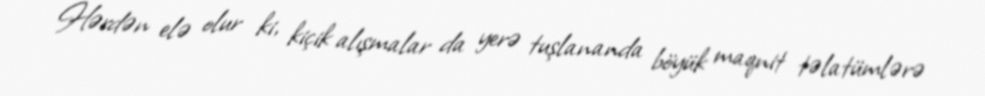
Hərdən elə olur ki, kiçik alışmalar da yerə tuşlananda böyük maqnit təlatümlərə